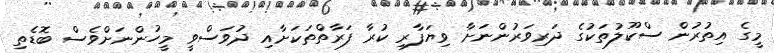
މީގެ އިތުރުން ސްކޫލުތަކުގެ ދަރިވަރުންނަށާ ވިޔަފާރި ކުރާ ފަރާތްތަކަށާއި ދުވަސްވީ މީހުންނަށްވެސް ބޮޑެތި